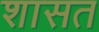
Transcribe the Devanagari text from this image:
शासत